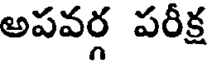
అపవర్గ పరీక్ష